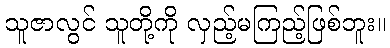
သူဇာလွင် သူတို့ကို လှည့်မကြည့်ဖြစ်ဘူး။